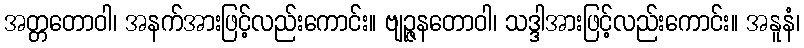
အတ္တတောဝါ၊ အနက်အားဖြင့်လည်းကောင်း။ ဗျဉ္ဇနတောဝါ၊ သဒ္ဒါအားဖြင့်လည်းကောင်း။ အနူနံ၊